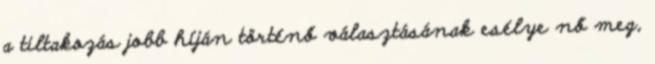
a tiltakozás jobb híján történő választásának esélye nő meg,